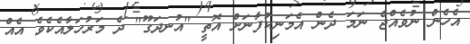
އެހެން ނުވެއްޖެ ނަމަ ދެން އެމަނިކުފާނަށް އޮތީ "އުނދަގޫ" ދެ މަރުހަލާއެކެވެ އެއް